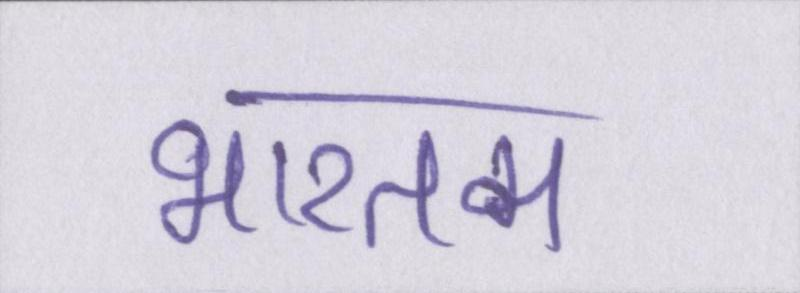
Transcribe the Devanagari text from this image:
भारतम